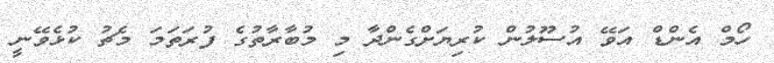
ހޯމް އެންޑް އަވޭ އުސޫލުން ކުރިޔަށްގެންދާ މި މުބާރާތުގެ ފުރަތަމަ މެޗު ކުޅެވޭނީ